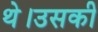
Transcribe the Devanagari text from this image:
थे।उसकी